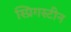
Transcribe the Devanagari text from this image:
स्प्रिगस्टीन